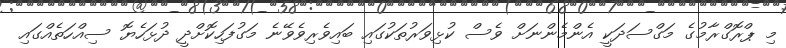
މި ޕްރޮގްރާމުގެ މަގްސަދަކީ އެންމެންނަށް ވެސް ކުޅިވަރުތަކުގައި ބައިވެރިވެވޭނެ މަގުފަހިކޮށްދީ ދުޅަހެޔޮ ސިއްހަތެއްގައި